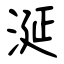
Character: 涎